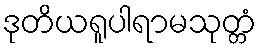
ဒုတိယရူပါရာမသုတ္တံ